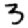
Digit: 3